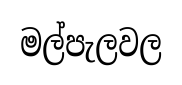
මල්පැලවල